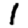
Digit: 1